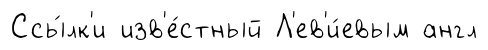
Ссы́лк'и изв'е́стный Л'ев'и́евым англ